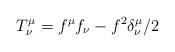
LaTeX: \begin{align*}T_{\nu }^{\mu }=f^{\mu }f_{\nu }-f^{2}\delta _{\nu }^{\mu }/2 \end{align*}